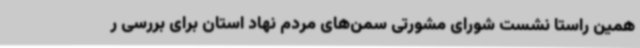
همین راستا نشست شورای مشورتی سمن‌های مردم نهاد استان برای بررسی ر